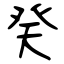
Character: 癸